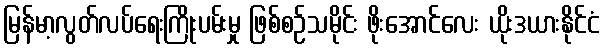
မြန်မာ့လွတ်လပ်ရေးကြိုးပမ်းမှု ဖြစ်စဉ်သမိုင်း ဖိုးအောင်လေး ယိုးဒယားနိုင်ငံ